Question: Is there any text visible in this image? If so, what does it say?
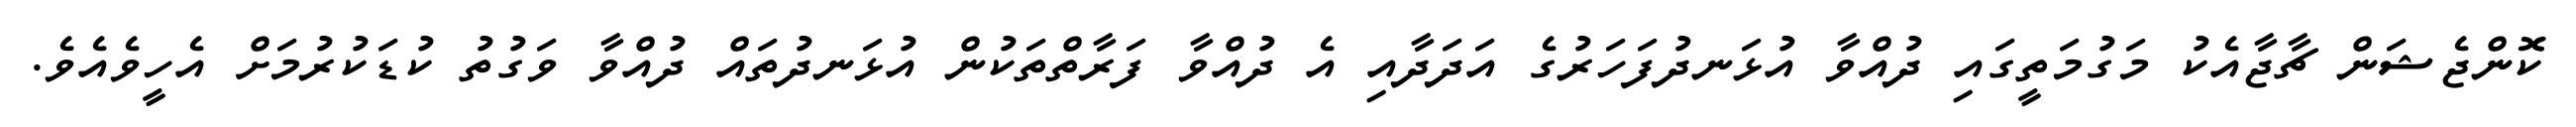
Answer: ކޮންޖެޝަން ޗާޖާއެކު މަގުމަތީގައި ދުއްވާ އުޅަނދުފަހަރުގެ އަދަދާއި އެ ދުއްވާ ފަރާތްތަކުން އުޅަނދުތައް ދުއްވާ ވަގުތު ކުޑަކުރުމަށް އެހީވެއެވެ.